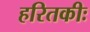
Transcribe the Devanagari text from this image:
हरितकीः